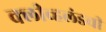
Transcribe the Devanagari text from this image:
क्लीव्हलंडची